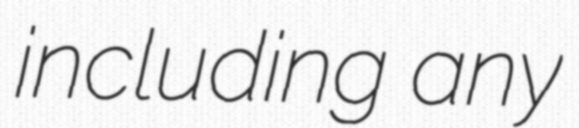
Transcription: including any